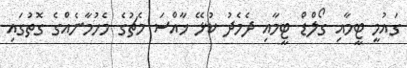
ގައުމީ ޓީމާއި ގޯލްޑް ޓީމާއި ދެމެދު ކުޅޭ ޚާއްސަ މެޗުގެ މެހުމާނެއްގެ ގޮތުގައި